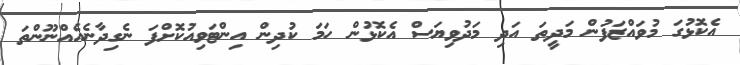
އެކޮޅުގަ މުވައްޒަފުން މަދީތަ އަދި މަދުވިޔަސް އެކޮޅުން ހަމަ ކުދިން އިންޓަވިއުކޮށްފަ ނެގިދާނެއެއްނޫންތަ